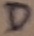
Text: D